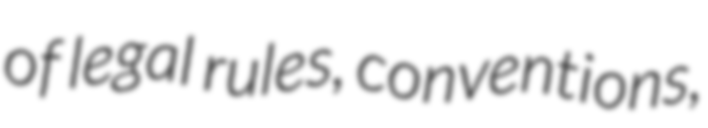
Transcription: of legal rules, conventions,